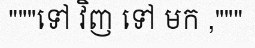
"""ទៅ វិញ ទៅ មក ,"""